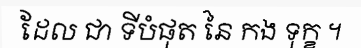
ដែល ជា ទីបំផុត នៃ កង ទុក្ខ ។